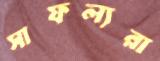
সাফল্যরা